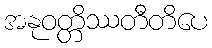
အနုဝတ္တိဿတီတိပေ